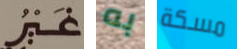
غير به مسكة